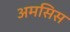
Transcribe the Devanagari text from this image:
अमसिस